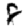
Digit: 8